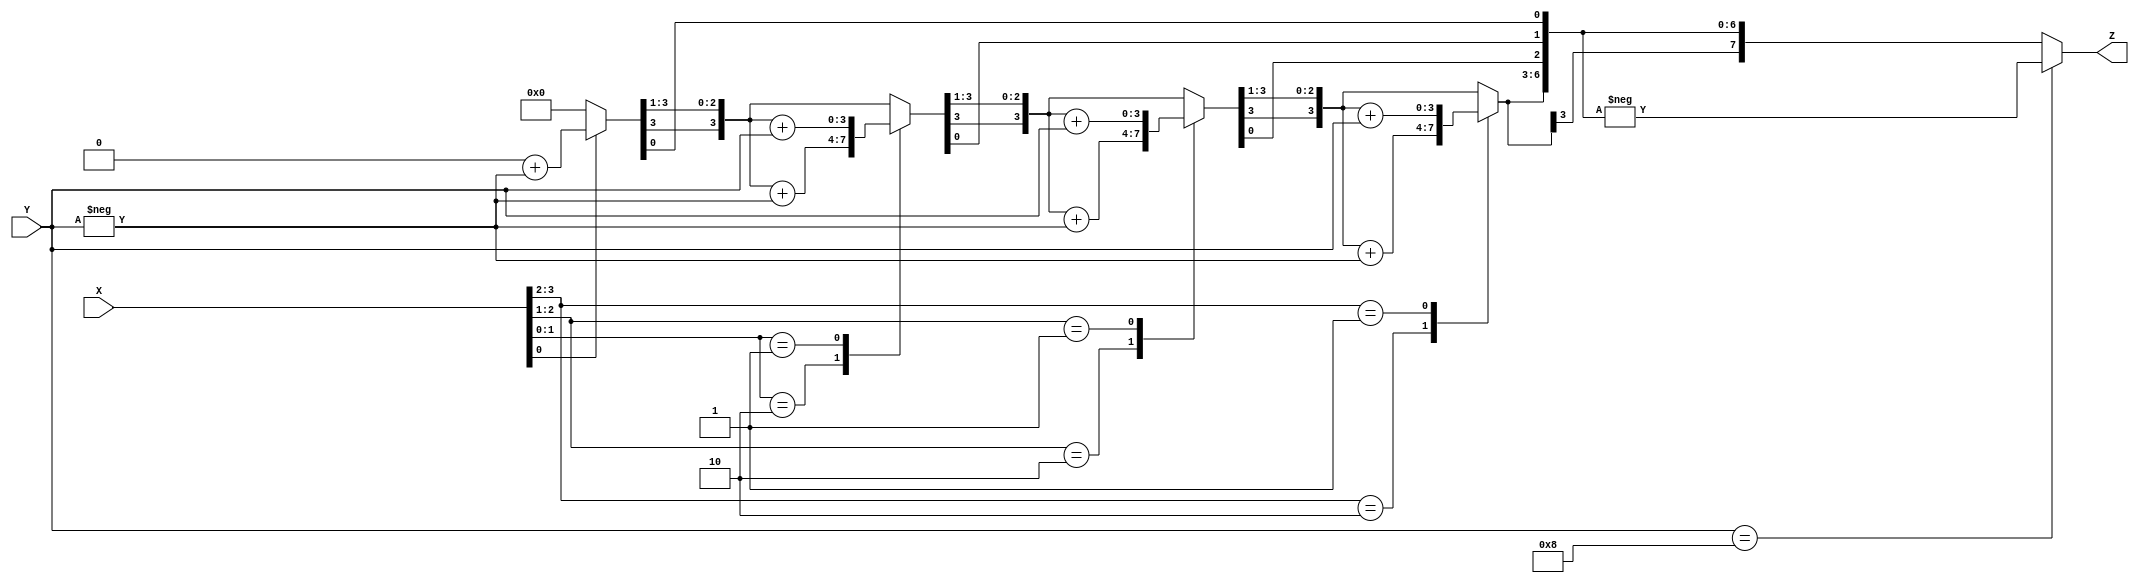
module boomul(X, Y, Z);
      input signed [3:0] X, Y;
       output signed [7:0] Z;
       reg signed [7:0] Z;
       reg [1:0] temp;
       integer i;
       reg E1;
       reg [3:0] Y1;
       always @ (X, Y)
       begin
       Z = 8'd0;
       E1 = 1'd0;
       for (i = 0; i < 4; i = i + 1)
       begin
       temp = {X[i], E1};
       Y1 = - Y;
  case (temp)
       2'd2 : Z [7 : 4] = Z [7 : 4] + Y1;
       2'd1 : Z [7 : 4] = Z [7 : 4] + Y;
       default : begin end
       endcase
       Z = Z >> 1;
       
       Z[7] = Z[6];
       
      
       E1 = X[i];
           end
       if (Y == 4'd8)
      
      
           begin
               Z = - Z;
           end
      
       end
      
       
endmodule